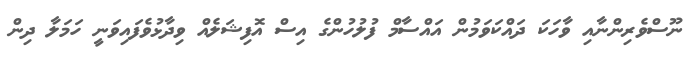
ނޫސްވެރިންނާއި ވާހަކަ ދައްކަވަމުން އައްސާމް ފުލުހުންގެ އިސް އޮފިޝަލެއް ވިދާޅުވެފައިވަނީ ހަމަލާ ދިން